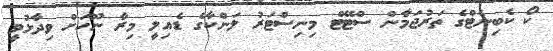
ކޯ ކެބިނެޓްގެ ތަރުޖަމާން ސްޓޭޓް މިިނިސްޓަރު ލަންކާގެ ޑެއިލީ މިރާ ނޫހަށް ވިދާޅުވީ